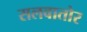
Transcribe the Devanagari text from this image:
सलवातोर